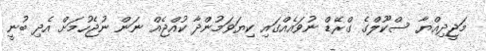
މަޖީދިއްޔާ ސްކޫލްގެ ގްރޭޑް ނުވައެއްގައި ކިޔަވަމުންދާ ކުއްޖެއް ނަން ނުޖެހުމަށް އެދި ބުނީ